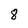
Character: 8